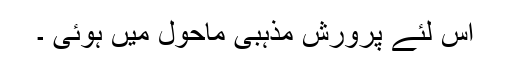
اس لئے پرورش مذہبی ماحول میں ہوئی ۔